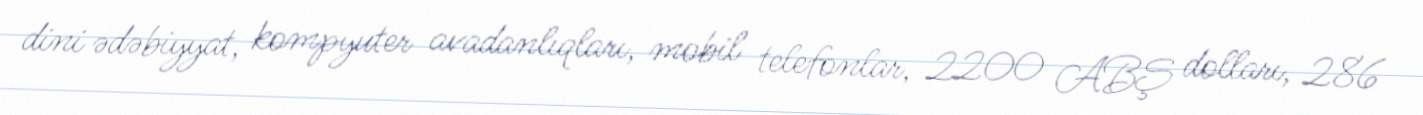
dini ədəbiyyat, kompyuter avadanlıqları, mobil telefonlar, 2200 ABŞ dolları, 286